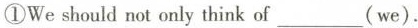
①We should not only think of ___(we).